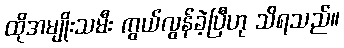
ထိုအမျိုးသမီး ကွယ်လွန်ခဲ့ပြီဟု သိရသည်။